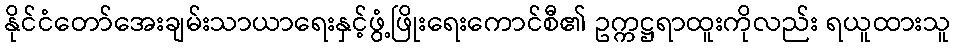
နိုင်ငံတော်အေးချမ်းသာယာရေးနှင့်ဖွံ့ဖြိုးရေးကောင်စီ၏ ဥက္ကဋ္ဌရာထူးကိုလည်း ရယူထားသူ